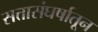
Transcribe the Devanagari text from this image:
सत्तासंघर्षातून